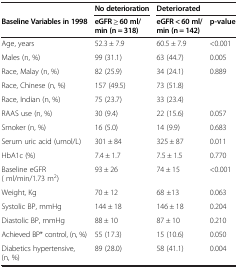
|  | No deterioration | <COLSPAN=2> Deteriorated |
 | Baseline Variables in 1998 | eGFR ≥ 60 ml/min (n = 318) | eGFR < 60 ml/min (n = 142) | p-value |
 | --- | --- | --- | --- |
 | Age, years | 52.3 ± 7.9 | 60.5 ± 7.9 | <0.001 |
 | Males (n, %) | 99 (31.1) | 63 (44.7) | 0.005 |
 | Race, Malay (n, %) | 82 (25.9) | 34 (24.1) | 0.889 |
 | Race, Chinese (n, %) | 157 (49.5) | 73 (51.8) |  |
 | Race, Indian (n, %) | 75 (23.7) | 33 (23.4) |  |
 | RAAS use (n, %) | 30 (9.4) | 22 (15.6) | 0.057 |
 | Smoker (n, %) | 16 (5.0) | 14 (9.9) | 0.683 |
 | Serum uric acid (umol/L) | 301 ± 84 | 325 ± 87 | 0.011 |
 | HbA1c (%) | 7.4 ± 1.7 | 7.5 ± 1.5 | 0.770 |
 | Baseline eGFR ( ml/min/1.73 m2) | 93 ± 26 | 74 ± 15 | <0.001 |
 | Weight, Kg | 70 ± 12 | 68 ±13 | 0.063 |
 | Systolic BP, mmHg | 144 ± 18 | 146 ± 18 | 0.204 |
 | Diastolic BP, mmHg | 88 ± 10 | 87 ± 10 | 0.210 |
 | Achieved BP* control, (n, %) | 55 (17.3) | 15 (10.6) | 0.050 |
 | Diabetics hypertensive, (n, %) | 89 (28.0) | 58 (41.1) | 0.004 |